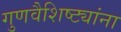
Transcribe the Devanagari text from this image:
गुणवैशिष्ट्यांना